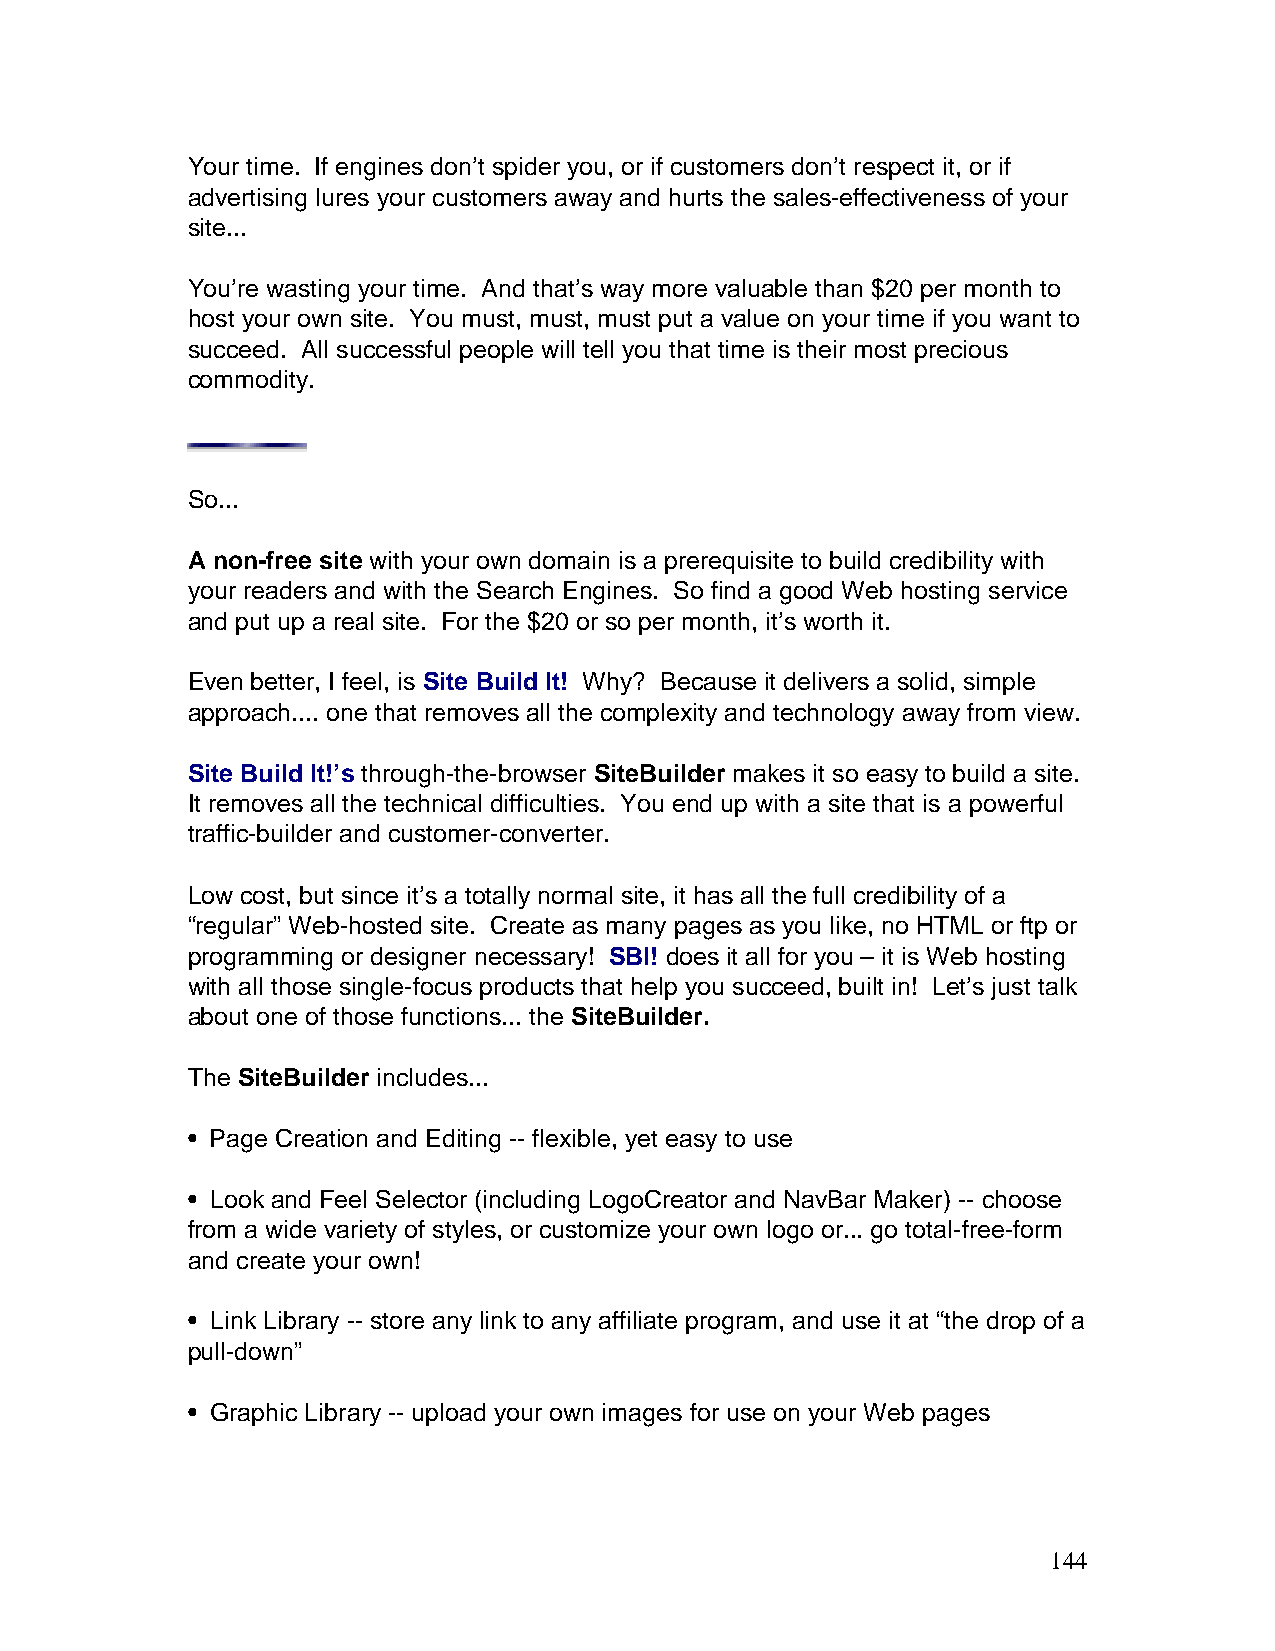
Your time. If engines don’t spider you, or if customers don’t respect it, or if
 advertising lures your customers away and hurts the sales-effectiveness of your
 site...
 You’re wasting your time. And that’s way more valuable than $20 per month to
 host your own site. You must, must, must put a value on your time if you want to
 succeed. All successful people will tell you that time is their most precious
 commodity.
 So...
 A non-free site with your own domain is a prerequisite to build credibility with
 your readers and with the Search Engines. So find a good Web hosting service
 and put up a real site. For the $20 or so per month, it’s worth it.
 Even better, I feel, is Site Build It! Why? Because it delivers a solid, simple
 approach.... one that removes all the complexity and technology away from view.
 Site Build It!’s through-the-browser SiteBuilder makes it so easy to build a site.
 It removes all the technical difficulties. You end up with a site that is a powerful
 traffic-builder and customer-converter.
 Low cost, but since it’s a totally normal site, it has all the full credibility of a
 “regular” Web-hosted site. Create as many pages as you like, no HTML or ftp or
 programming or designer necessary! SBI! does it all for you – it is Web hosting
 with all those single-focus products that help you succeed, built in! Let’s just talk
 about one of those functions... the SiteBuilder.
 The SiteBuilder includes...
 • Page Creation and Editing -- flexible, yet easy to use
 • Look and Feel Selector (including LogoCreator and NavBar Maker) -- choose
 from a wide variety of styles, or customize your own logo or... go total-free-form
 and create your own!
 • Link Library -- store any link to any affiliate program, and use it at “the drop of a
 pull-down”
 • Graphic Library -- upload your own images for use on your Web pages
 144